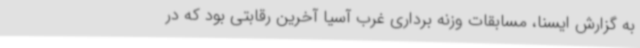
به گزارش ایسنا، مسابقات وزنه برداری غرب آسیا آخرین رقابتی بود که در